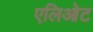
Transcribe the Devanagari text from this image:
एलिओट